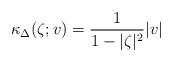
LaTeX: \begin{align*}\kappa_\Delta(\zeta;v)=\frac{1}{1-|\zeta|^2}|v|\end{align*}